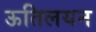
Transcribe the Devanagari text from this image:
ऊतिलयन